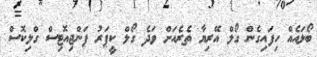
ބޯޅައެއް ހިފައިގެން ގޯލް އޭރިޔާ ތެރެއަށް ވަދެ ގޯލް ކީޕަރު ޕަންޖިއޮޓިސް ގްލިކޮސް